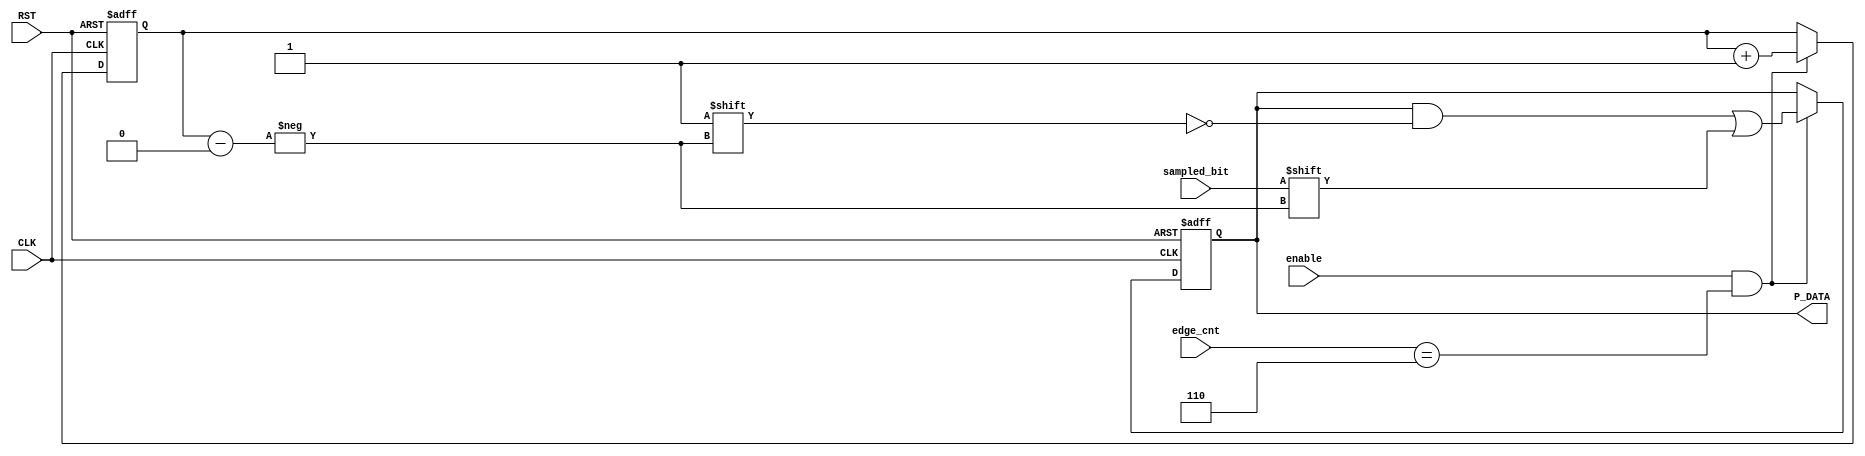
module deserializer #(parameter DATA_WIDTH = 8) ( 
  input   wire        sampled_bit  ,
  input   wire  [2:0] edge_cnt     ,
  input   wire        enable       ,
  input   wire        CLK          ,
  input   wire         RST          ,
  output  reg  [DATA_WIDTH -1:0] P_DATA
  );
 
  
 reg [2:0] cnt  ;

  
  
always@(posedge CLK or negedge RST)
 begin
   if(!RST)
     begin
        P_DATA <= 'b0 ;
        cnt    <= 'b0 ;
     end
   else if(enable && edge_cnt =='d6)
     begin
         P_DATA[cnt] <= sampled_bit;
         cnt <= cnt + 1    ;
       end
   
     

 end

endmodule